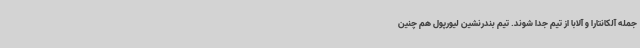
جمله آلکانتارا و آلابا از تیم جدا شوند. تیم بندرنشین لیورپول هم چنین